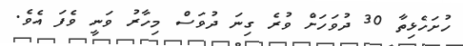
ހުށަހެޅިތާ 30 ދުވަހަށް ވުރެ ގިނަ ދުވަސް މިހާރު ވަނީ ވެފަ އެވެ.